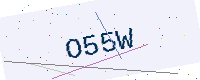
Text: O55W